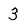
Character: 3